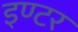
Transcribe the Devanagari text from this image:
इण्‍टर